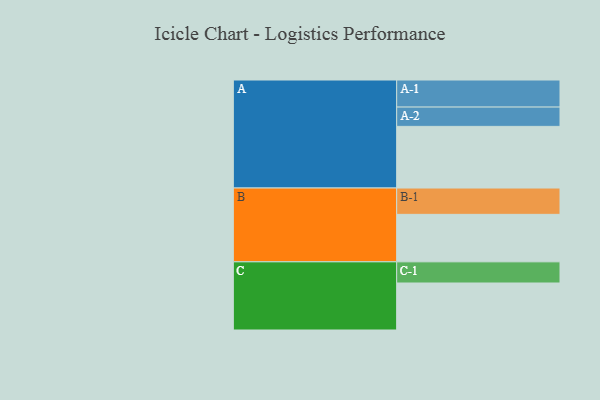
{"axis": {"x": "Segment", "y": "Value"}, "legend": ["", "A", "B", "C"], "data": [{"x": "A", "y": 501, "type": ""}, {"x": "B", "y": 386, "type": ""}, {"x": "C", "y": 382, "type": ""}, {"x": "A-1", "y": 220, "type": "A"}, {"x": "A-2", "y": 157, "type": "A"}, {"x": "B-1", "y": 214, "type": "B"}, {"x": "C-1", "y": 172, "type": "C"}]}